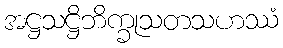
အဋ္ဌသဋ္ဌိဘိက္ခုသတသဟဿံ